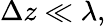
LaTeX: \Delta z\ll\lambda,